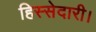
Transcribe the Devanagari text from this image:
हिस्सेदारी।